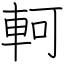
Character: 軻